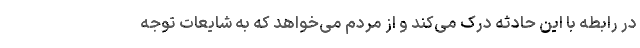
در رابطه با این حادثه درک می‌کند و از مردم می‌خواهد که به شایعات توجه